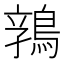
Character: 𱈬